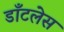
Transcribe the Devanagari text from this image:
डाँटलेस